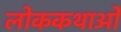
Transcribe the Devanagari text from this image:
लोककथाओँ